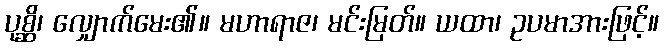
ပုစ္ဆိ၊ လျှောက်မေး၏။ မဟာရာဇ၊ မင်းမြတ်။ ယထာ၊ ဥပမာအားဖြင့်။